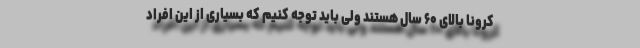
کرونا بالای ۶۰ سال هستند ولی باید توجه کنیم که بسیاری از این افراد